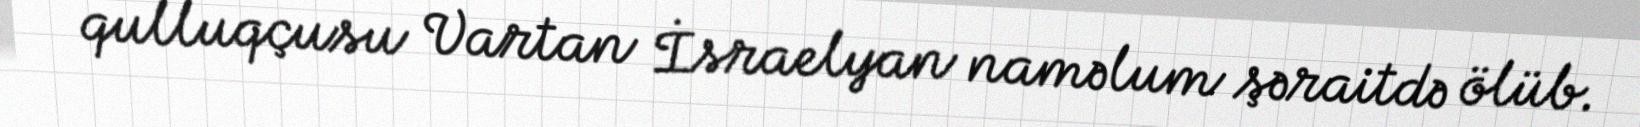
qulluqçusu Vartan İsraelyan naməlum şəraitdə ölüb.